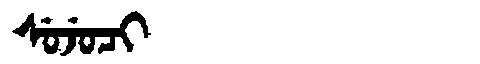
Manchu: ᠰᡠᠵᡠᠴᡳ
Romanization: SUJUCI